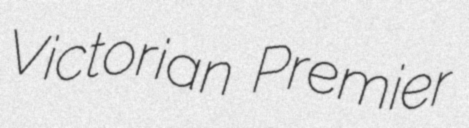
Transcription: Victorian Premier